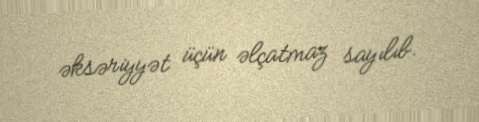
əksəriyyət üçün əlçatmaz sayılıb.